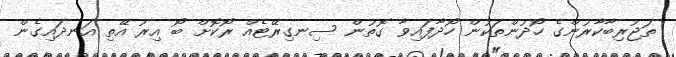
ތަޖުރިބާކާރުންގެ ހޯދުންތަކުން ހޯދާފައިވާ ގޮތުން ސިނގިރޭޓެއް ރޯކޮށް ބޯ އިރު އޭތި އަނދައިގެން